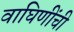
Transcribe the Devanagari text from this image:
वाघिणींची